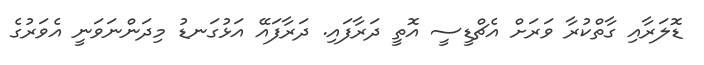
ޑޮލަރާއި ގާތްކުރާ ވަރަށް އެޗްޑީސީ އޮތީ ދަރާފައި. ދަރާފައޭ އަޅުގަނޑު މިދަންނަވަނީ އެވަރުގެ